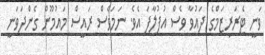
ވަނީ ޓެރަރިޒަމްގެ ދައުވާ ވެސް އުފުލާފަ އެވެ. ނަމަވެސް ރައީސް މައުމޫން ގެންދަވަނީ